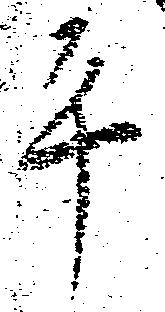
平